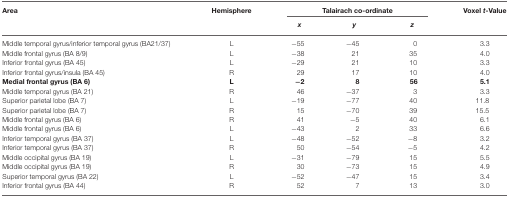
<table><thead><tr><td><b>Area</b></td><td><b>Hemisphere</b></td><td colspan="3"><b>Talairach co-ordinate</b></td><td><b>Voxel <i>t</i>−Value</b></td></tr><tr><td></td><td></td><td><b><i>x</i></b></td><td><b><i>y</i></b></td><td><b><i>z</i></b></td><td></td></tr></thead><tbody><tr><td>Middle temporal gyrus/inferior temporal gyrus (BA21/37)</td><td>L</td><td>−55</td><td>−45</td><td>0</td><td>3.3</td></tr><tr><td>Middle frontal gyrus (BA 8/9)</td><td>L</td><td>−38</td><td>21</td><td>35</td><td>4.0</td></tr><tr><td>Inferior frontal gyrus (BA 45)</td><td>L</td><td>−29</td><td>21</td><td>10</td><td>3.3</td></tr><tr><td>Inferior frontal gyrus/insula (BA 45)</td><td>R</td><td>29</td><td>17</td><td>10</td><td>4.0</td></tr><tr><td><b>Medial frontal gyrus (BA 6)</b></td><td><b>L</b></td><td><b>−2</b></td><td><b>8</b></td><td><b>56</b></td><td><b>5.1</b></td></tr><tr><td>Middle temporal gyrus (BA 21)</td><td>R</td><td>46</td><td>−37</td><td>3</td><td>3.3</td></tr><tr><td>Superior parietal lobe (BA 7)</td><td>L</td><td>−19</td><td>−77</td><td>40</td><td>11.8</td></tr><tr><td>Superior parietal lobe (BA 7)</td><td>R</td><td>15</td><td>−70</td><td>39</td><td>15.5</td></tr><tr><td>Middle frontal gyrus (BA 6)</td><td>R</td><td>41</td><td>−5</td><td>40</td><td>6.1</td></tr><tr><td>Middle frontal gyrus (BA 6)</td><td>L</td><td>−43</td><td>2</td><td>33</td><td>6.6</td></tr><tr><td>Inferior temporal gyrus (BA 37)</td><td>L</td><td>−48</td><td>−52</td><td>−8</td><td>3.2</td></tr><tr><td>Inferior temporal gyrus (BA 37)</td><td>R</td><td>50</td><td>−54</td><td>−5</td><td>4.2</td></tr><tr><td>Middle occipital gyrus (BA 19)</td><td>L</td><td>−31</td><td>−79</td><td>15</td><td>5.5</td></tr><tr><td>Middle occipital gyrus (BA 19)</td><td>R</td><td>30</td><td>−73</td><td>15</td><td>4.9</td></tr><tr><td>Superior temporal gyrus (BA 22)</td><td>L</td><td>−52</td><td>−47</td><td>15</td><td>3.4</td></tr><tr><td>Inferior frontal gyrus (BA 44)</td><td>R</td><td>52</td><td>7</td><td>13</td><td>3.0</td></tr></tbody></table>